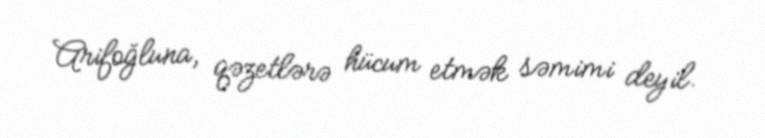
Arifoğluna, qəzetlərə hücum etmək səmimi deyil.